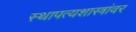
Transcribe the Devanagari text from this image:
स्थापत्यशास्त्रांवर